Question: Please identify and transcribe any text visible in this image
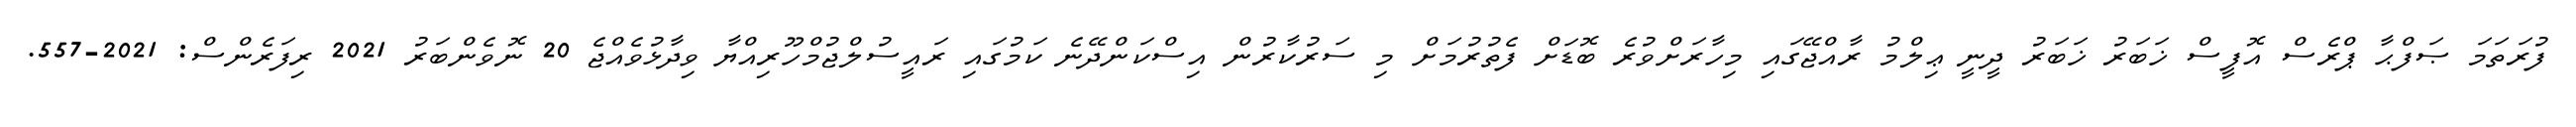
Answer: ފުރަތަމަ ޞަފްޙާ ޕްރެސް އޮފީސް ޚަބަރު ޚަބަރު ދީނީ ޢިލްމު ރާއްޖޭގައި މިހާރަށްވުރެ ބޮޑަށް ފެތުރުމަށް މި ސަރުކާރުން އިސްކަންދޭނެ ކަމުގައި ރައީސުލްޖުމްހޫރިއްޔާ ވިދާޅުވެއްޖެ 20 ނޮވެންބަރު 2021 ރިފަރެންސް: 2021-557.